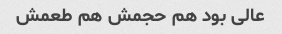
عالی بود هم حجمش هم طعمش